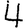
Digit: 4